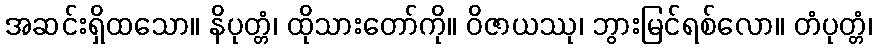
အဆင်းရှိထသော။ နိပုတ္တံ၊ ထိုသားတော်ကို။ ဝိဇာယဿု၊ ဘွားမြင်ရစ်လော။ တံပုတ္တံ၊